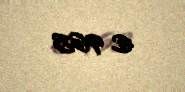
€ 965